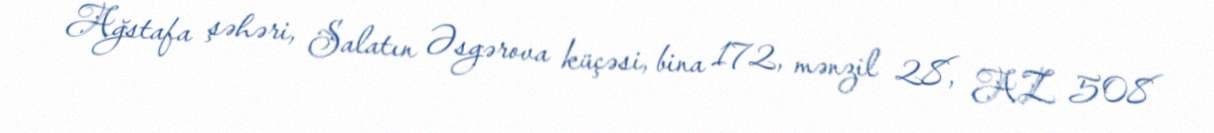
Ağstafa şəhəri, Salatın Əsgərova küçəsi, bina 172, mənzil 28, AZ 508